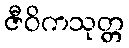
ဇီဝိကသုတ္တ